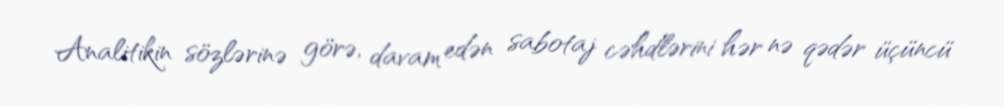
Analitikin sözlərinə görə, davam edən sabotaj cəhdlərini hər nə qədər üçüncü